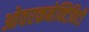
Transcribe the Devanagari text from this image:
ओवरकनेक्टिविटी